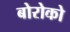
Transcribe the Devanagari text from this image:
बोरोको